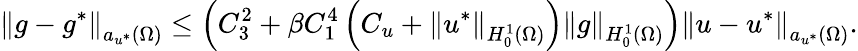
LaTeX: \left\Vert g-g^{*}\right\Vert_{a_{u^{*}}(\Omega)}\leq\left(C_{3}^{2}+\beta C_{1}^{4}\left(C_{u}+\left\Vert u^{*}\right\Vert_{H_{0}^{1}(\Omega)}\right)\left\Vert g\right\Vert_{H_{0}^{1}(\Omega)}\right)\left\Vert u-u^{*}\right\Vert_{a_{u^{*}}(\Omega)}.